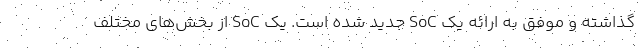
گذاشته و موفق به ارائه یک SoC جدید شده است. یک SoC از بخش‌های مختلف